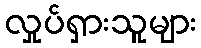
လှုပ်ရှားသူများ